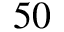
5 0